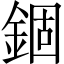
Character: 錮